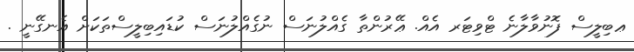
ޢބިލީސް ފޮނުވާލާނެ ޓްވިޓަރ އެއް. ޢޭރުންތާ ގެއްލުނަސް ނުގެއްލުނަސް ކުޑައިބިލީސްތަކަށް އެނގޭނީ .